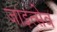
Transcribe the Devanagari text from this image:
जाइत्सेव